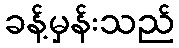
ခန့်မှန်းသည်